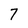
Character: 7